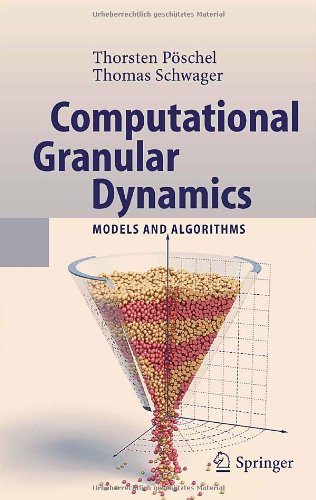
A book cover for Computational Granular Dynamics: Models and Algorithms (Scientific Computation); Thorsten PÃ¶schel; Science & Math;